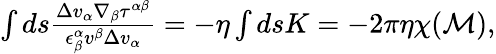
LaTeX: \begin{array}{r}{\int ds\frac{\Delta v_{\alpha}\nabla_{\beta}\tau^{\alpha\beta}}{\epsilon_{\beta}^{\alpha}v^{\beta}\Delta v_{\alpha}}=-\eta\int dsK=-2\pi\eta\chi({\cal M}),}\end{array}